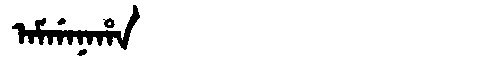
Manchu: ᠠᠮᡤᠠᠨᠠᡥᠠ
Romanization: AMGANAHA